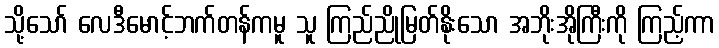
သို့သော် လေဒီမောင့်ဘက်တန်ကမူ သူ ကြည်ညိုမြတ်နိုးသော အဘိုးအိုကြီးကို ကြည့်ကာ